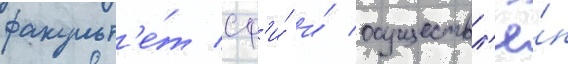
факульт'е́т сф'и́ и́ осуществл'ё́н